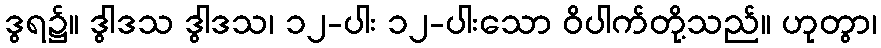
ဒွရ၌။ ဒွါဒသ ဒွါဒသ၊ ၁၂-ပါး ၁၂-ပါးသော ဝိပါက်တို့သည်။ ဟုတွာ၊